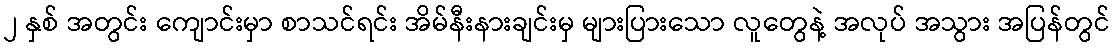
၂ နှစ် အတွင်း ကျောင်းမှာ စာသင်ရင်း အိမ်နီးနားချင်းမှ များပြားသော လူတွေနဲ့ အလုပ် အသွား အပြန်တွင်